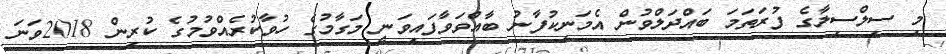
މި ސިލްސިލާގެ ފުރަތަމަ ބައްދަލްވުން އެމަނިކުފާނު ބާއްވަވާފައިވަނީ މަގާމުގެ ހުވާކުރެއްވުމުގެ ކުރިން 2018ވަނަ